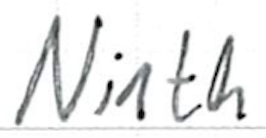
Text: Ninth
Cross-out: clean
Writing tool: ballpoint